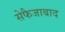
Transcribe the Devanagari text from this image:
सेफैजाबाद